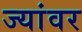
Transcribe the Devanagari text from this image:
ज्यांवर